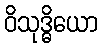
ဝိသုဒ္ဓိယော